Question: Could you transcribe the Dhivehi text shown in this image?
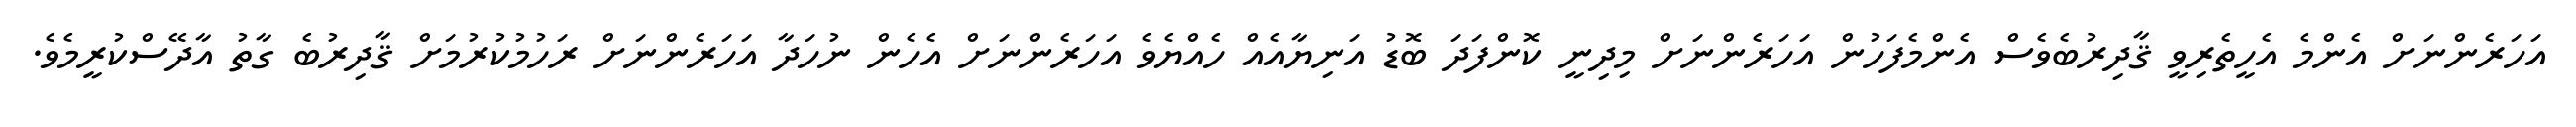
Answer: އަހަރެންނަށް އެންމެ އެހީތެރިވީ ޤާދިރުބެވެސް އެންމެފަހުން އަހަރެންނަށް މިދިނީ ކޮންފަދަ ބޮޑު އަނިޔާއެއް ހެއްޔެވެ އަހަރެންނަށް އެހެން ނުހަދާ އަހަރެންނަށް ރަހުމުކުރުމަށް ޤާދިރުބެ ގާތު އާދޭސްކުރީމެވެ.